Indian journal of veterinary science and animal husbandry - Volumes 22-23, 1952-1953
Year: 1952
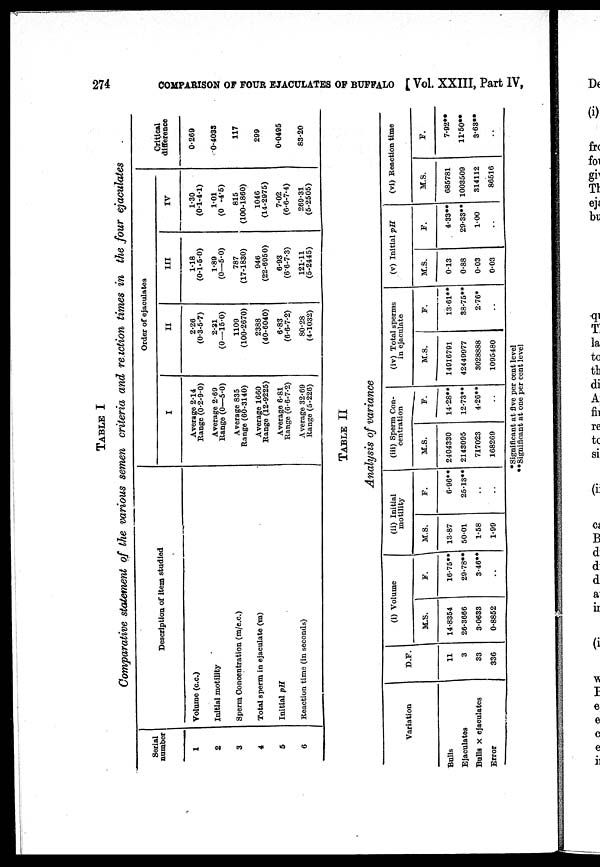
274
COMPARISON OF FOUR EJACULATES OF BUFFALO [Vol. XXIII, Part IV,
TABLE I
Comparative statement of the various semen criteria and reaction times in the four ejaculates
Serial
number
1
2
3
4
5
6
Description of item studied
Volume (c.c.)
Initial motility
Sperm Concentration (m/c.c.)
Total sperm in ejaculate (m)
Initial pH
Reaction time (in seconds)
Order of ejaculates
I
Average 2.14
Range (0.2-9.0)
Average 2.69
Range (0—5.0)
Average 835
Range (60-3140)
Average 1660
Range (12-9225)
Average 6.81
Range (6.6-7.2)
Average 32.69
Range (5-226)
II
2.26
(0.3-5.7)
2.31
(0—15.0)
1109
(100-2670)
2388
(40-6040)
6.83
(6.6-7.2)
80.28
(4-1032)
III
1.18
(0.1-5.0)
1.89
(0—5.0)
787
(17-1830)
946
(22-6950)
6.93
(6.6-7.3)
121.11
(5-2445)
IV
1.30
(0.1-4.1)
1.01
(0 -4.5)
815
(100-1860)
1046
(14-2975)
7.02
(6.6-7.4)
269.31
(5-2505)
Critical
difference
0.260
0.4033
117
299
0.0495
83.20
TABLE II
Analysis of variance
Variation
Bulls
Ejaculates
Bulls × ejaculates
Error
D.F.
11
3
33
336
(i) Volume
M.S.
14.8354
26.3666
3.0633
0.8852
F.
16.75**
29.78**
3.46**
..
(ii) Initial
motility
M.S.
13.87
50.01
1.58
1.99
F.
6.96**
25.13**
..
..
(iii) Sperm Con-
centration
M.S.
2404330
2143095
717023
168269
F.
14.28**
12.73**
4.26**
..
(iv) Total sperms
in ejaculate
M.S.
14916791
42449977
3028888
1095480
F.
13.61**
38.75**
2.76*
..
(v) Initial pH
M.S.
0.13
0.88
0.03
0.03
F.
4.33**
29.33**
1.00
..
(vi) Reaction time
M.S.
685781
1003509
314112
86516
F.
7.92**
11.50**
3.63**
..
*Significant at five per cent level
**Significant at one per cent level